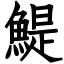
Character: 鯷